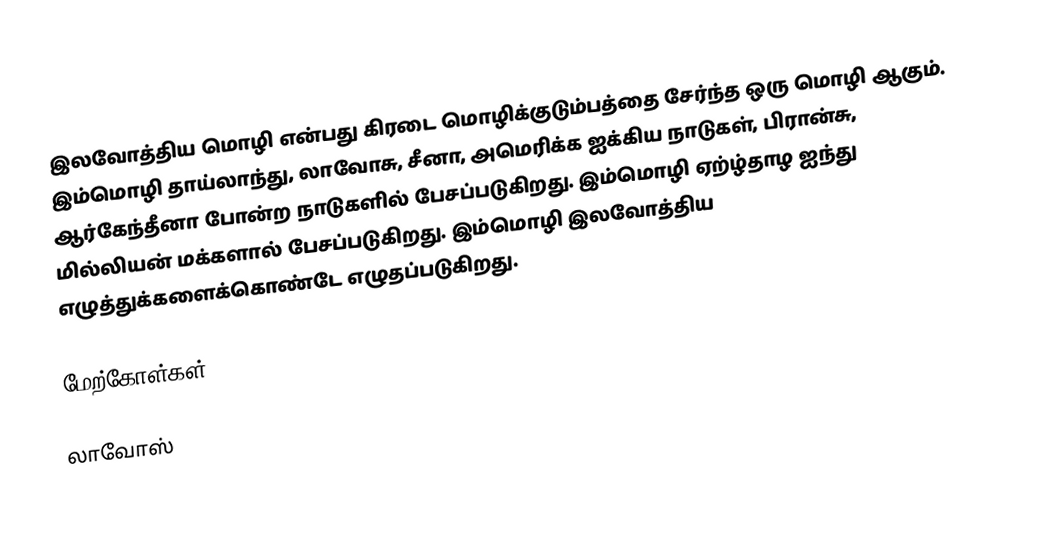
இலவோத்திய மொழி என்பது கிரடை மொழிக்குடும்பத்தை சேர்ந்த ஒரு மொழி ஆகும். இம்மொழி தாய்லாந்து, லாவோசு, சீனா, அமெரிக்க ஐக்கிய நாடுகள், பிரான்சு, ஆர்கேந்தீனா போன்ற நாடுகளில் பேசப்படுகிறது. இம்மொழி ஏற்ழ்தாழ ஐந்து மில்லியன் மக்களால் பேசப்படுகிறது. இம்மொழி இலவோத்திய எழுத்துக்களைக்கொண்டே எழுதப்படுகிறது.

மேற்கோள்கள்

லாவோஸ்